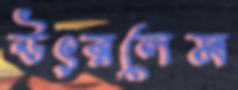
উৎরলেম